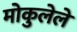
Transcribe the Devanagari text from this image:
मोकुलेले